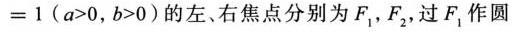
= 1 ( a > 0 ， b > 0 )$$的左、右焦点分别为F_{1}，F_{2}，过F，作圆